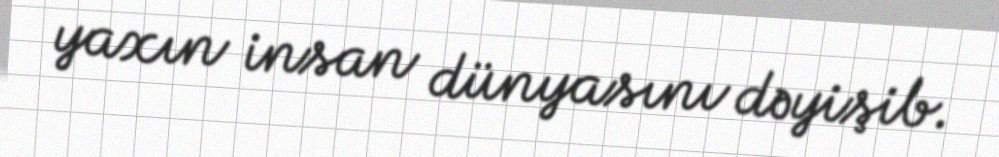
yaxın insan dünyasını dəyişib.